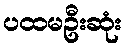
ပထမဦးဆုံး